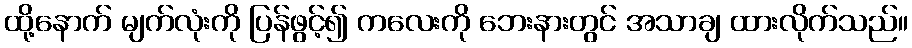
ထို့နောက် မျက်လုံးကို ပြန်ဖွင့်၍ ကလေးကို ဘေးနားတွင် အသာချ ထားလိုက်သည်။